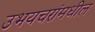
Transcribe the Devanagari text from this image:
उभयचरांमधील